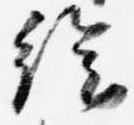
絵